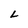
Character: L